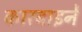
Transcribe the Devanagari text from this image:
कारबाइनें